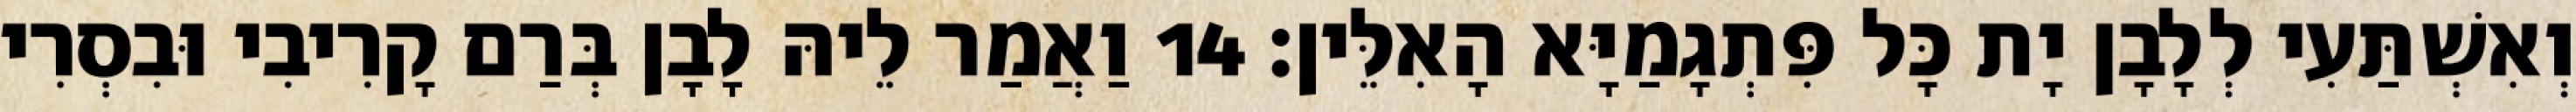
וְאִשְׁתַּעִי לְלָבָן יָת כָּל פִּתְגָמַיָּא הָאִלֵּין׃ 14 וַאֲמַר לֵיהּ לָבָן בְּרַם קָרִיבִי וּבִסְרִי